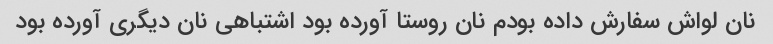
نان لواش سفارش داده بودم نان روستا آورده بود اشتباهی نان دیگری آورده بود